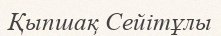
Қыпшақ Сейітұлы